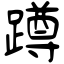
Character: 蹲